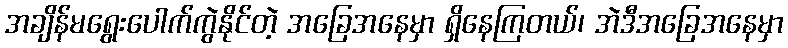
အချိန်မရွေးပေါက်ကွဲနိုင်တဲ့ အခြေအနေမှာ ရှိနေကြတယ်၊ အဲဒီအခြေအနေမှာ